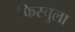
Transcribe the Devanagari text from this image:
फिस्‍चुला